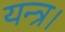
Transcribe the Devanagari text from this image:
यन्त्र।